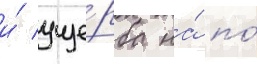
и́ уще́рба на́ по́